342_HS1-416511228_319.1 Flying Discs 1949
Agency: Department of War
Incident date: 1/9/50
Page 31
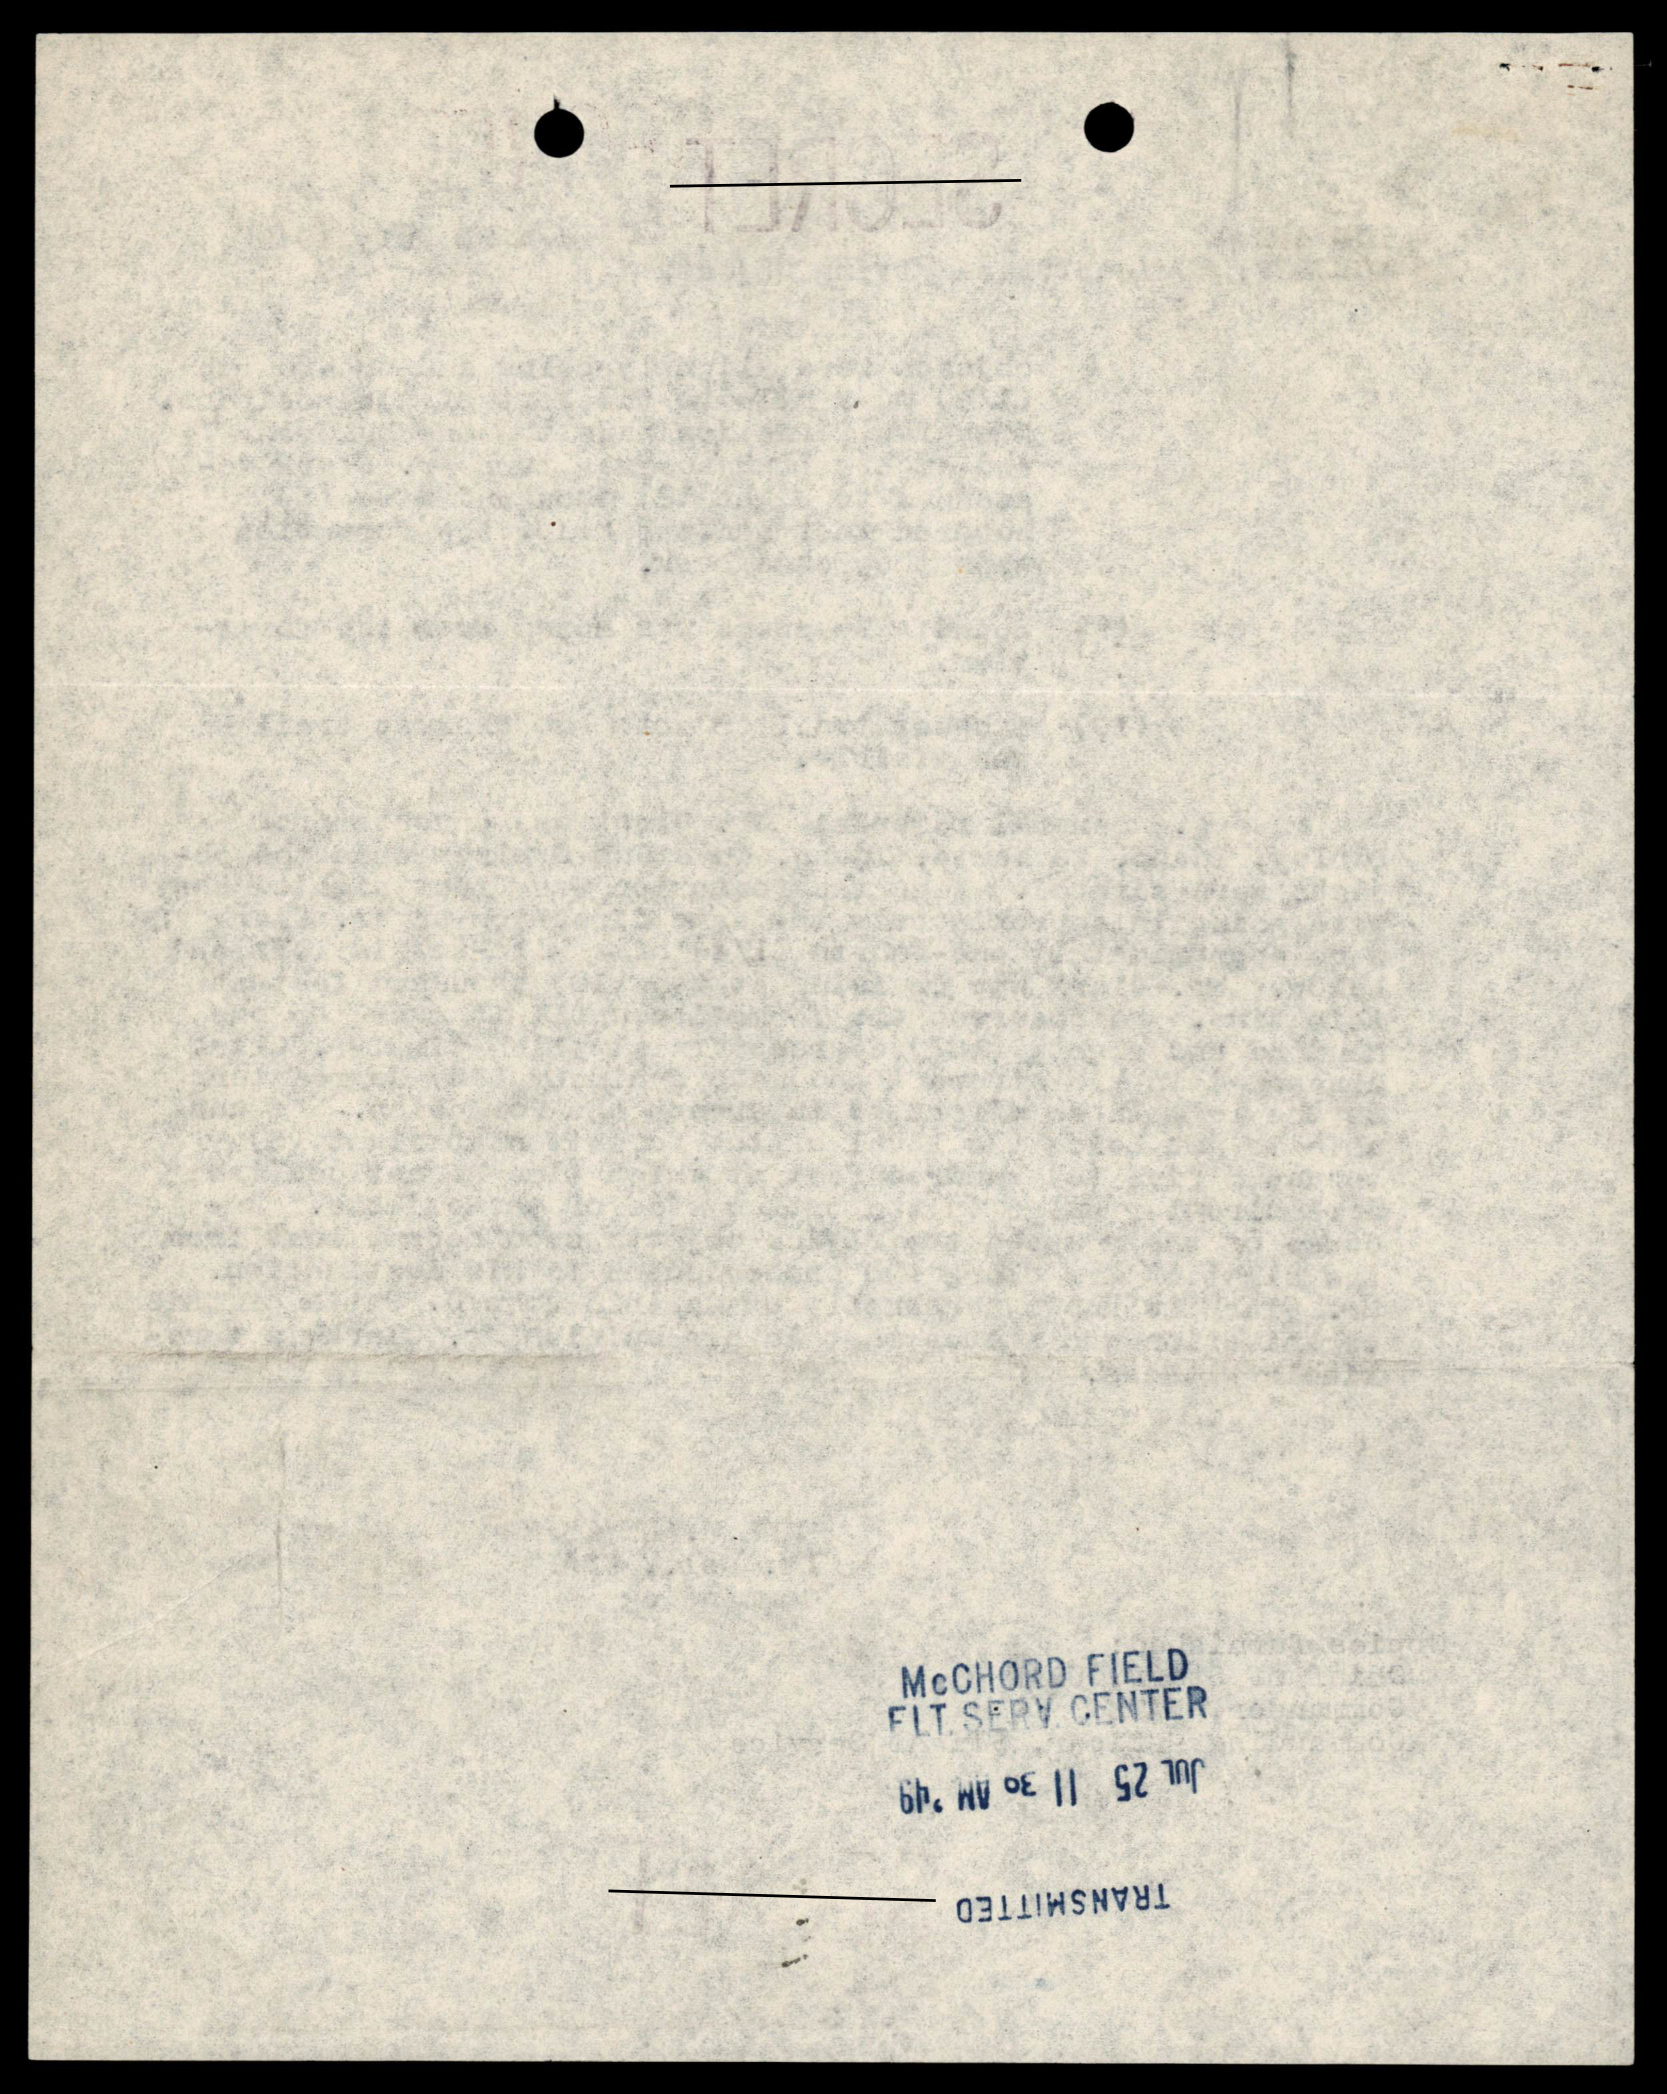